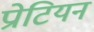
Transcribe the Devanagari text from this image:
प्रोटियन